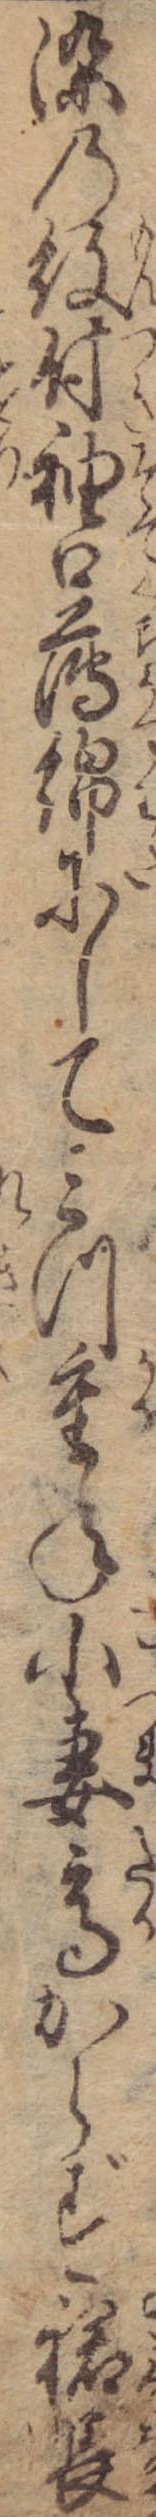
染の紋付袖口薄綿にしてみつ重ね小妻高からず裙長